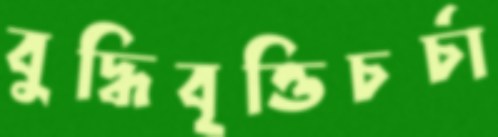
বুদ্ধিবৃত্তিচর্চা